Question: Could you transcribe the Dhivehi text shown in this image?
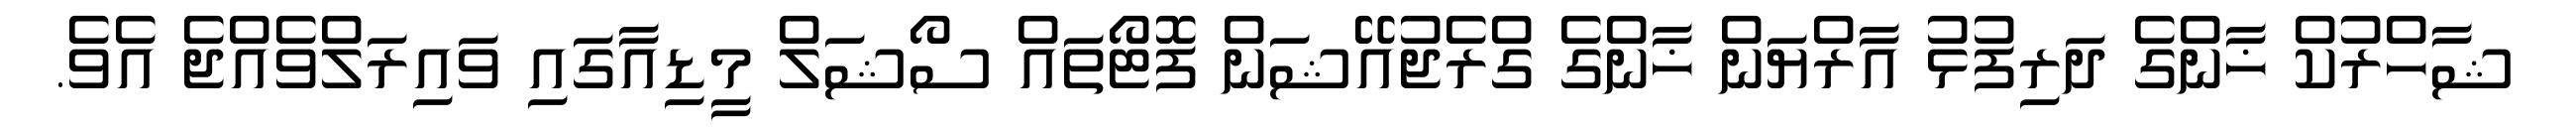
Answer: ޝާހްރުކް ޚާންގެ ދަރިފުޅު އާރްޔަން ޚާންގެ ގްރެޖުއޭޝަން ފޮޓޯތައް ސޯޝަލް މީޑިއާގައި ވައިރަލްވެއްޖެ އެވެ.